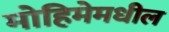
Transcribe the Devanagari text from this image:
मोहिमेमधील